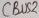
Text: CBUS2